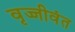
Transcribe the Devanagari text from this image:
वृज्जीवंत